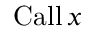
\operatorname { C a l l } x